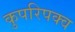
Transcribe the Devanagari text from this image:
कुपरिपक्व